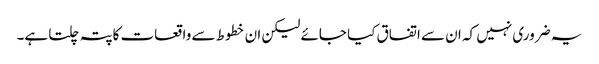
یہ ضروری نہیں کہ ان سے اتفاق کیا جائے لیکن ان خطوط سے واقعات کاپتہ چلتا ہے۔